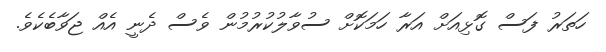
ހަތަރު ފަސް ގޮޅިއަށް އަރާ ހަމަކޮށް ސުވާލުކުރުމުން ވެސް ދެނީ އެއް ޖަވާބެކެވެ.